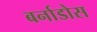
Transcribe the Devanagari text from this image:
बर्नाडोस